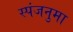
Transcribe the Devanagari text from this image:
स्पंजनुमा